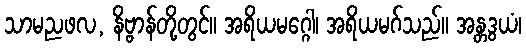
သာမညဖလ, နိဗ္ဗာန်တို့တွင်။ အရိယမဂ္ဂေါ၊ အရိယမဂ်သည်။ အန္တဒွယံ၊